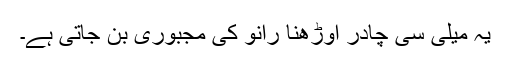
یہ میلی سی چادر اوڑھنا رانو کی مجبوری بن جاتی ہے۔